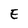
Character: E